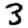
Digit: 3